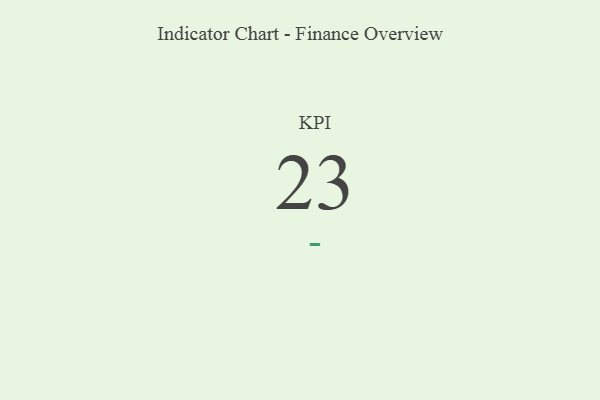
{"axis": {"x": "KPI", "y": "Value"}, "legend": [""], "data": [{"x": "KPI", "y": 23, "type": ""}]}